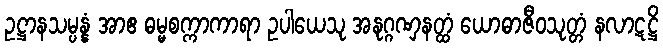
ဥဋ္ဌာနသမ္ပန္နံ အာဧ ဓမ္မစက္ကာကာရာ ဥပါယေသု အနုဂ္ဂဏှနတ္ထံ ယောဓာဇီဝသုတ္တံ နလာဋဋ္ဌိ